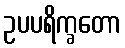
ဥပပရိက္ခတော